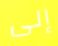
إلى